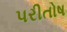
પરીતોષ